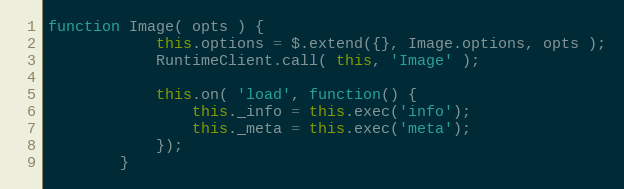
Language: JavaScript
function Image( opts ) {
            this.options = $.extend({}, Image.options, opts );
            RuntimeClient.call( this, 'Image' );

            this.on( 'load', function() {
                this._info = this.exec('info');
                this._meta = this.exec('meta');
            });
        }